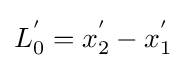
L_{0}^{'}=x_{2}^{'}-x_{1}^{'}